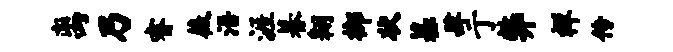
离乃睿薇浯涯暮翱榔状墓肆亍弊祥传